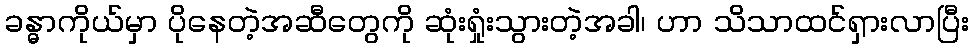
ခန္ဓာကိုယ်မှာ ပိုနေတဲ့အဆီတွေကို ဆုံးရှုံးသွားတဲ့အခါ၊ ဟာ သိသာထင်ရှားလာပြီး